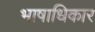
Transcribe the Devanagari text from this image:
भाषाधिकार